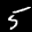
Label: 5